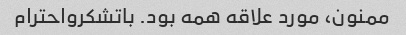
ممنون، مورد علاقه همه بود. باتشکرواحترام